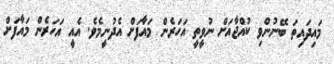
މައިދައިތަ ބޭނުންވި ކުއްޖާއަށް ނުވީތީ އަހަރެން މައާފަށް އެދުނީމެވެ. އެއީ އަހަރެން މައާފަށް